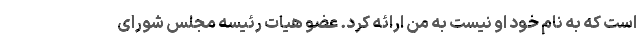
است که به نام خود او نیست به من ارائه کرد. عضو هیات رئیسه مجلس شورای